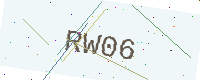
Text: RW06